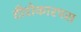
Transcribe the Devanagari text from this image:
टीरोकारपस